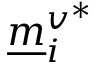
\underline { m } _ { i } ^ { v ^ { * } }